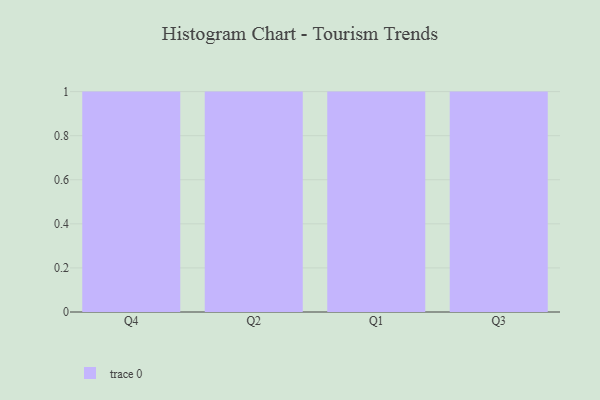
{"axis": {"x": "Quarter", "y": "Revenue (USD Million)"}, "legend": [""], "data": [{"x": "Q4", "y": 35, "type": ""}, {"x": "Q2", "y": 48, "type": ""}, {"x": "Q1", "y": 50, "type": ""}, {"x": "Q3", "y": 50, "type": ""}]}